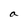
Character: a